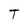
Character: T